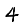
Digit: 4